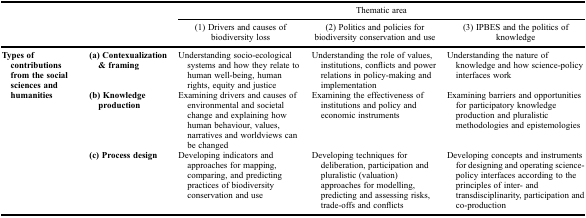
<table><thead><tr><td colspan="2" rowspan="2">[EMPTY_CELL]</td><td colspan="3"><b>Thematic area</b></td></tr><tr><td><b>(1) Drivers and causes of biodiversity loss</b></td><td><b>(2) Politics and policies for biodiversity conservation and use</b></td><td><b>(3) IPBES and the politics of knowledge</b></td></tr></thead><tbody><tr><td rowspan="3"><b>Types of contributions from the social sciences and humanities</b></td><td><b>(a) Contexualization &amp; framing</b></td><td>Understanding socio-ecological systems and how they relate to human well-being, human rights, equity and justice</td><td>Understanding the role of values, institutions, conflicts and power relations in policy-making and implementation</td><td>Understanding the nature of knowledge and how science-policy interfaces work</td></tr><tr><td><b>(b) Knowledge production</b></td><td>Examining drivers and causes of environmental and societal change and explaining how human behaviour, values, narratives and worldviews can be changed</td><td>Examining the effectiveness of institutions and policy and economic instruments</td><td>Examining barriers and opportunities for participatory knowledge production and pluralistic methodologies and epistemologies</td></tr><tr><td><b>(c) Process design</b></td><td>Developing indicators and approaches for mapping, comparing, and predicting practices of biodiversity conservation and use</td><td>Developing techniques for deliberation, participation and pluralistic (valuation) approaches for modelling, predicting and assessing risks, trade-offs and conflicts</td><td>Developing concepts and instruments for designing and operating science-policy interfaces according to the principles of inter- and transdisciplinarity, participation and co-production</td></tr></tbody></table>